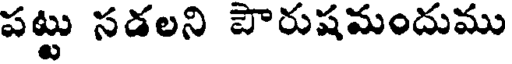
పట్టు సడలని పౌరుషమందుము